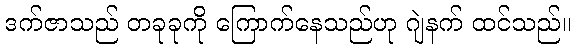
ဒက်ဇာသည် တခုခုကို ကြောက်နေသည်ဟု ဂျဲနက် ထင်သည်။